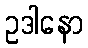
ဥဒါနော